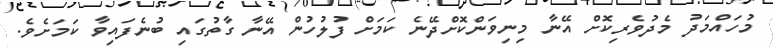
މުހައްމަދު މެދުވެރިކޮށް އޭނާ މިނިވަންކޮށްދޭނެ ކަމަށް ފުލުހުން އޭނާ ގާތުގައި ބުނެފައިވާ ކަމަށެވެ.